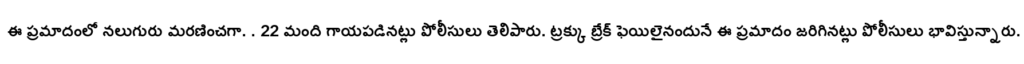
ఈ ప్రమాదంలో నలుగురు మరణించగా. . 22 మంది గాయపడినట్లు పోలీసులు తెలిపారు. ట్రక్కు బ్రేక్ ఫెయిలైనందునే ఈ ప్రమాదం జరిగినట్లు పోలీసులు భావిస్తున్నారు.